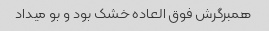
همبرگرش فوق العاده خشک بود و بو میداد